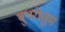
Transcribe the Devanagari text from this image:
बुथरोतुम